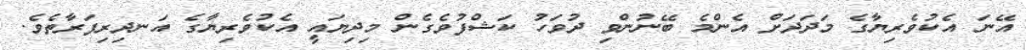
އޭނަ އެކުވެރިޔާގެ މަދަދަށް އެންމެ ބޭނުންވި ދުވަހު ކަޝްފުވެގެން މިދިޔައީ އެކުވެރިޔާގެ އަނދިރިފަރާތެވެ.